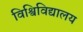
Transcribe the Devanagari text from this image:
विश्विविद्यालय